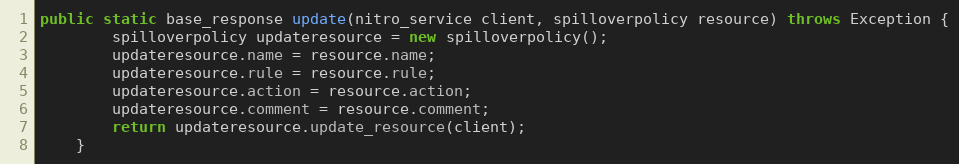
Language: Java
public static base_response update(nitro_service client, spilloverpolicy resource) throws Exception {
		spilloverpolicy updateresource = new spilloverpolicy();
		updateresource.name = resource.name;
		updateresource.rule = resource.rule;
		updateresource.action = resource.action;
		updateresource.comment = resource.comment;
		return updateresource.update_resource(client);
	}